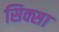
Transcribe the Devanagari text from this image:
सिक्सा